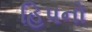
હિપનો